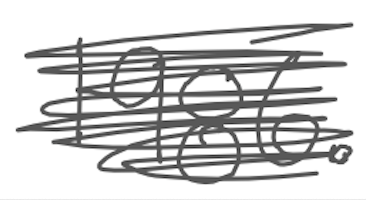
Text: 1986.
Cross-out: scratch
Writing tool: digital_gray